Report on lock hospitals in British Burma
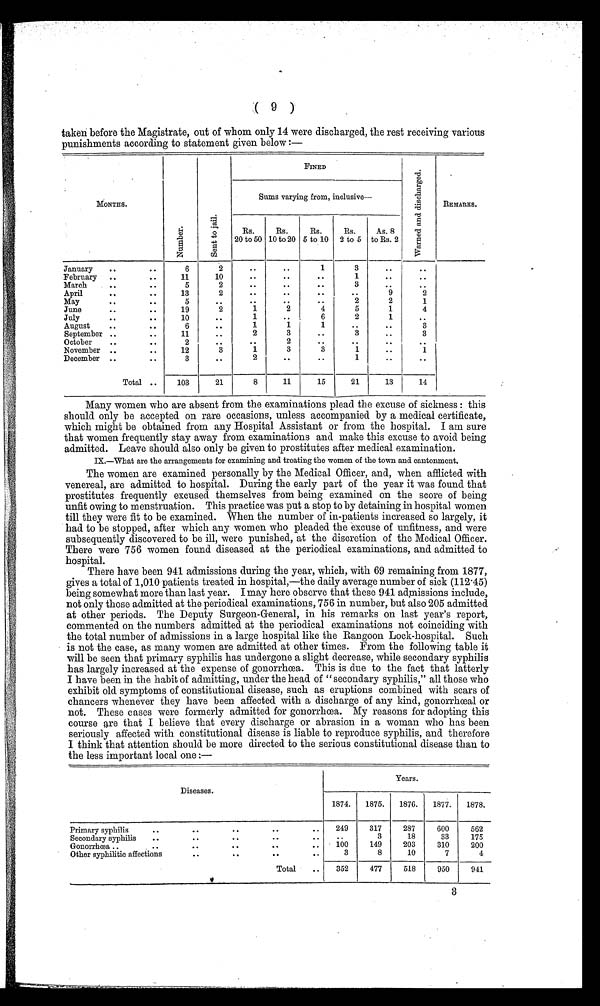
( 9 )
taken before the Magistrate, out of whom only 14 were discharged, the rest receiving various
punishments according to statement given below :—
MONTHS.
N u m b e r .
S e n t t o j a i l .
FINED
W a r n e d a n d d i s c h a r g e d .
REMAKS.
Sums varying from, inclusive—
Rs.
20 to 50
Rs.
10 to 20
Rs.
5 to 10
Rs.
2 to 5
As. 8
to Rs. 2
January
..
. .
6
2
. .
..
1
3
..
..
February ..
. .
11
10
. .
. .
. .
1
. .
. .
March
..
. .
5
2
. .
. .
. .
3
. .
. .
April
..
. .
13
2
. .
. .
. .
..
9
2
May. .
. .
5
. .
. .
.
..
2
2
1
June
..
. .
19
2
1
2
4
5
1
4
July
..
10
. .
1
. .
6
2
1
..
August..
..
6
. .
1
1
1
. .
. .
3
September ..
. .
11
. .
2
3
. .
3
..
3
October
..
. .
2
. .
. .
2
. .
. .
. .
..
November ..
..
12
3
1
3
3
1
..
1
December ..
. .
3
. .
2
. .
. .
1
. .
..
Total ..
103
21
8
11
15
21
13
14
Many women who are absent from the examinations plead the excuse of sickness : this
should only be accepted on rare occasions, unless accompanied by a medical certificate,
which might be obtained from any Hospital Assistant or from the hospital. I am sure
that women frequently stay away from examinations and make this excuse to avoid being
admitted. Leave should also only be given to prostitutes after medical examination.
IX.—What are the arrangements for examining and treating the women of the town and cantonment.
The women are examined personally by the Medical Officer, and, when afflicted with
venereal, are admitted to hospital. During the early part of the year it was found that
prostitutes frequently excused themselves from being examined on the score of being
unfit owing to menstruation. This practice was put a stop to by detaining in hospital women
till they were fit to be examined. When the number of in-patients increased so largely, it
had to be stopped, after which any women who pleaded the excuse of unfitness, and were
subsequently discovered to be ill, were punished, at the discretion of the Medical Officer.
There were 756 women found diseased at the periodical examinations, and admitted to
hospital.
There have been 941 admissions during the year, which, with 69 remaining from 1877,
gives a total of 1,010 patients treated in hospital,—the daily average number of sick (112.45)
being somewhat more than last year. I may here observe that these 941 admissions include,
not only those admitted at the periodical examinations, 756 in number, but also 205 admitted
at other periods. The Deputy Surgeon-General, in his remarks on last year's report,
commented on the numbers admitted at the periodical examinations not coinciding with
the total number of admissions in a large hospital like the Rangoon Lock-hospital. Such
is not the case, as many women are admitted at other times. From the following table it
will be seen that primary syphilis has undergone a slight decrease, while secondary syphilis
has largely increased at the expense of gonorrhœa. This is due to the fact that latterly
I have been in the habit of admitting, under the head of "secondary syphilis," all those who
exhibit old symptoms of constitutional disease, such as eruptions combined with scars of
chancers whenever they have been affected with a discharge of any kind, gonorrhœal or
not. These cases were formerly admitted for gonorrhœa. My reasons for adopting this
course are that I believe that every discharge or abrasion in a woman who has been
seriously affected with constitutional disease is liable to reproduce syphilis, and therefore
I think that attention should be more directed to the serious constitutional disease than to
the less important local one :—
Diseases.
Years.
1874.
1875.
1876.
1877.
1878.
Primary syphilis
..
. .
. .
. .
. .
249
317
287
600
562
Secondary syphilis
..
. .
. .
. .
. .
. .
3
18
33
175
Gonorrhœa .. ..
. .
. .
. .
. .
100
149
203
310
200
Other syphilitic affections
. .
. .
. .
. .
3
8
10
7
4
Total
..
352
477
518
950
941